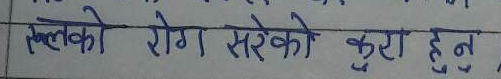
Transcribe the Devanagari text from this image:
त्वचाको रोग सरेको कुरा हुन्।